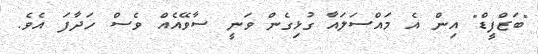
"ބަޒްފީޑް" އިން އެ މައްސަލައާ ގުޅިގެން ވަނީ ސާވޭއެއް ވެސް ހަދާފަ އެވެ.